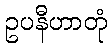
ဥပနီဟာတုံ